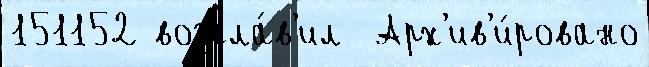
151152 возгла́в'ил  Арх'ив'и́ровано